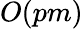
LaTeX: O(pm)